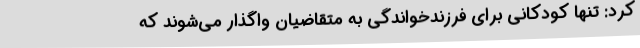
کرد: تنها کودکانی برای فرزندخواندگی به متقاضیان واگذار می‌شوند که